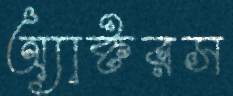
অ্যাক্টরস